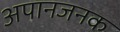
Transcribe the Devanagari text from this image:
अपानजनक